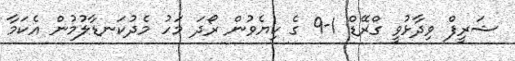
ޝަރީފް ވިދާޅުވީ ގްރޭޑް 1-9 ގެ ކިޔެވުން ރޯދަ މަހު މެދުކަނޑާލުމުން އެކަމާ